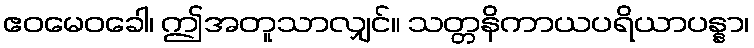
ဧဝမေဝခေါ၊ ဤအတူသာလျှင်။ သတ္တနိကာယပရိယာပန္နာ၊